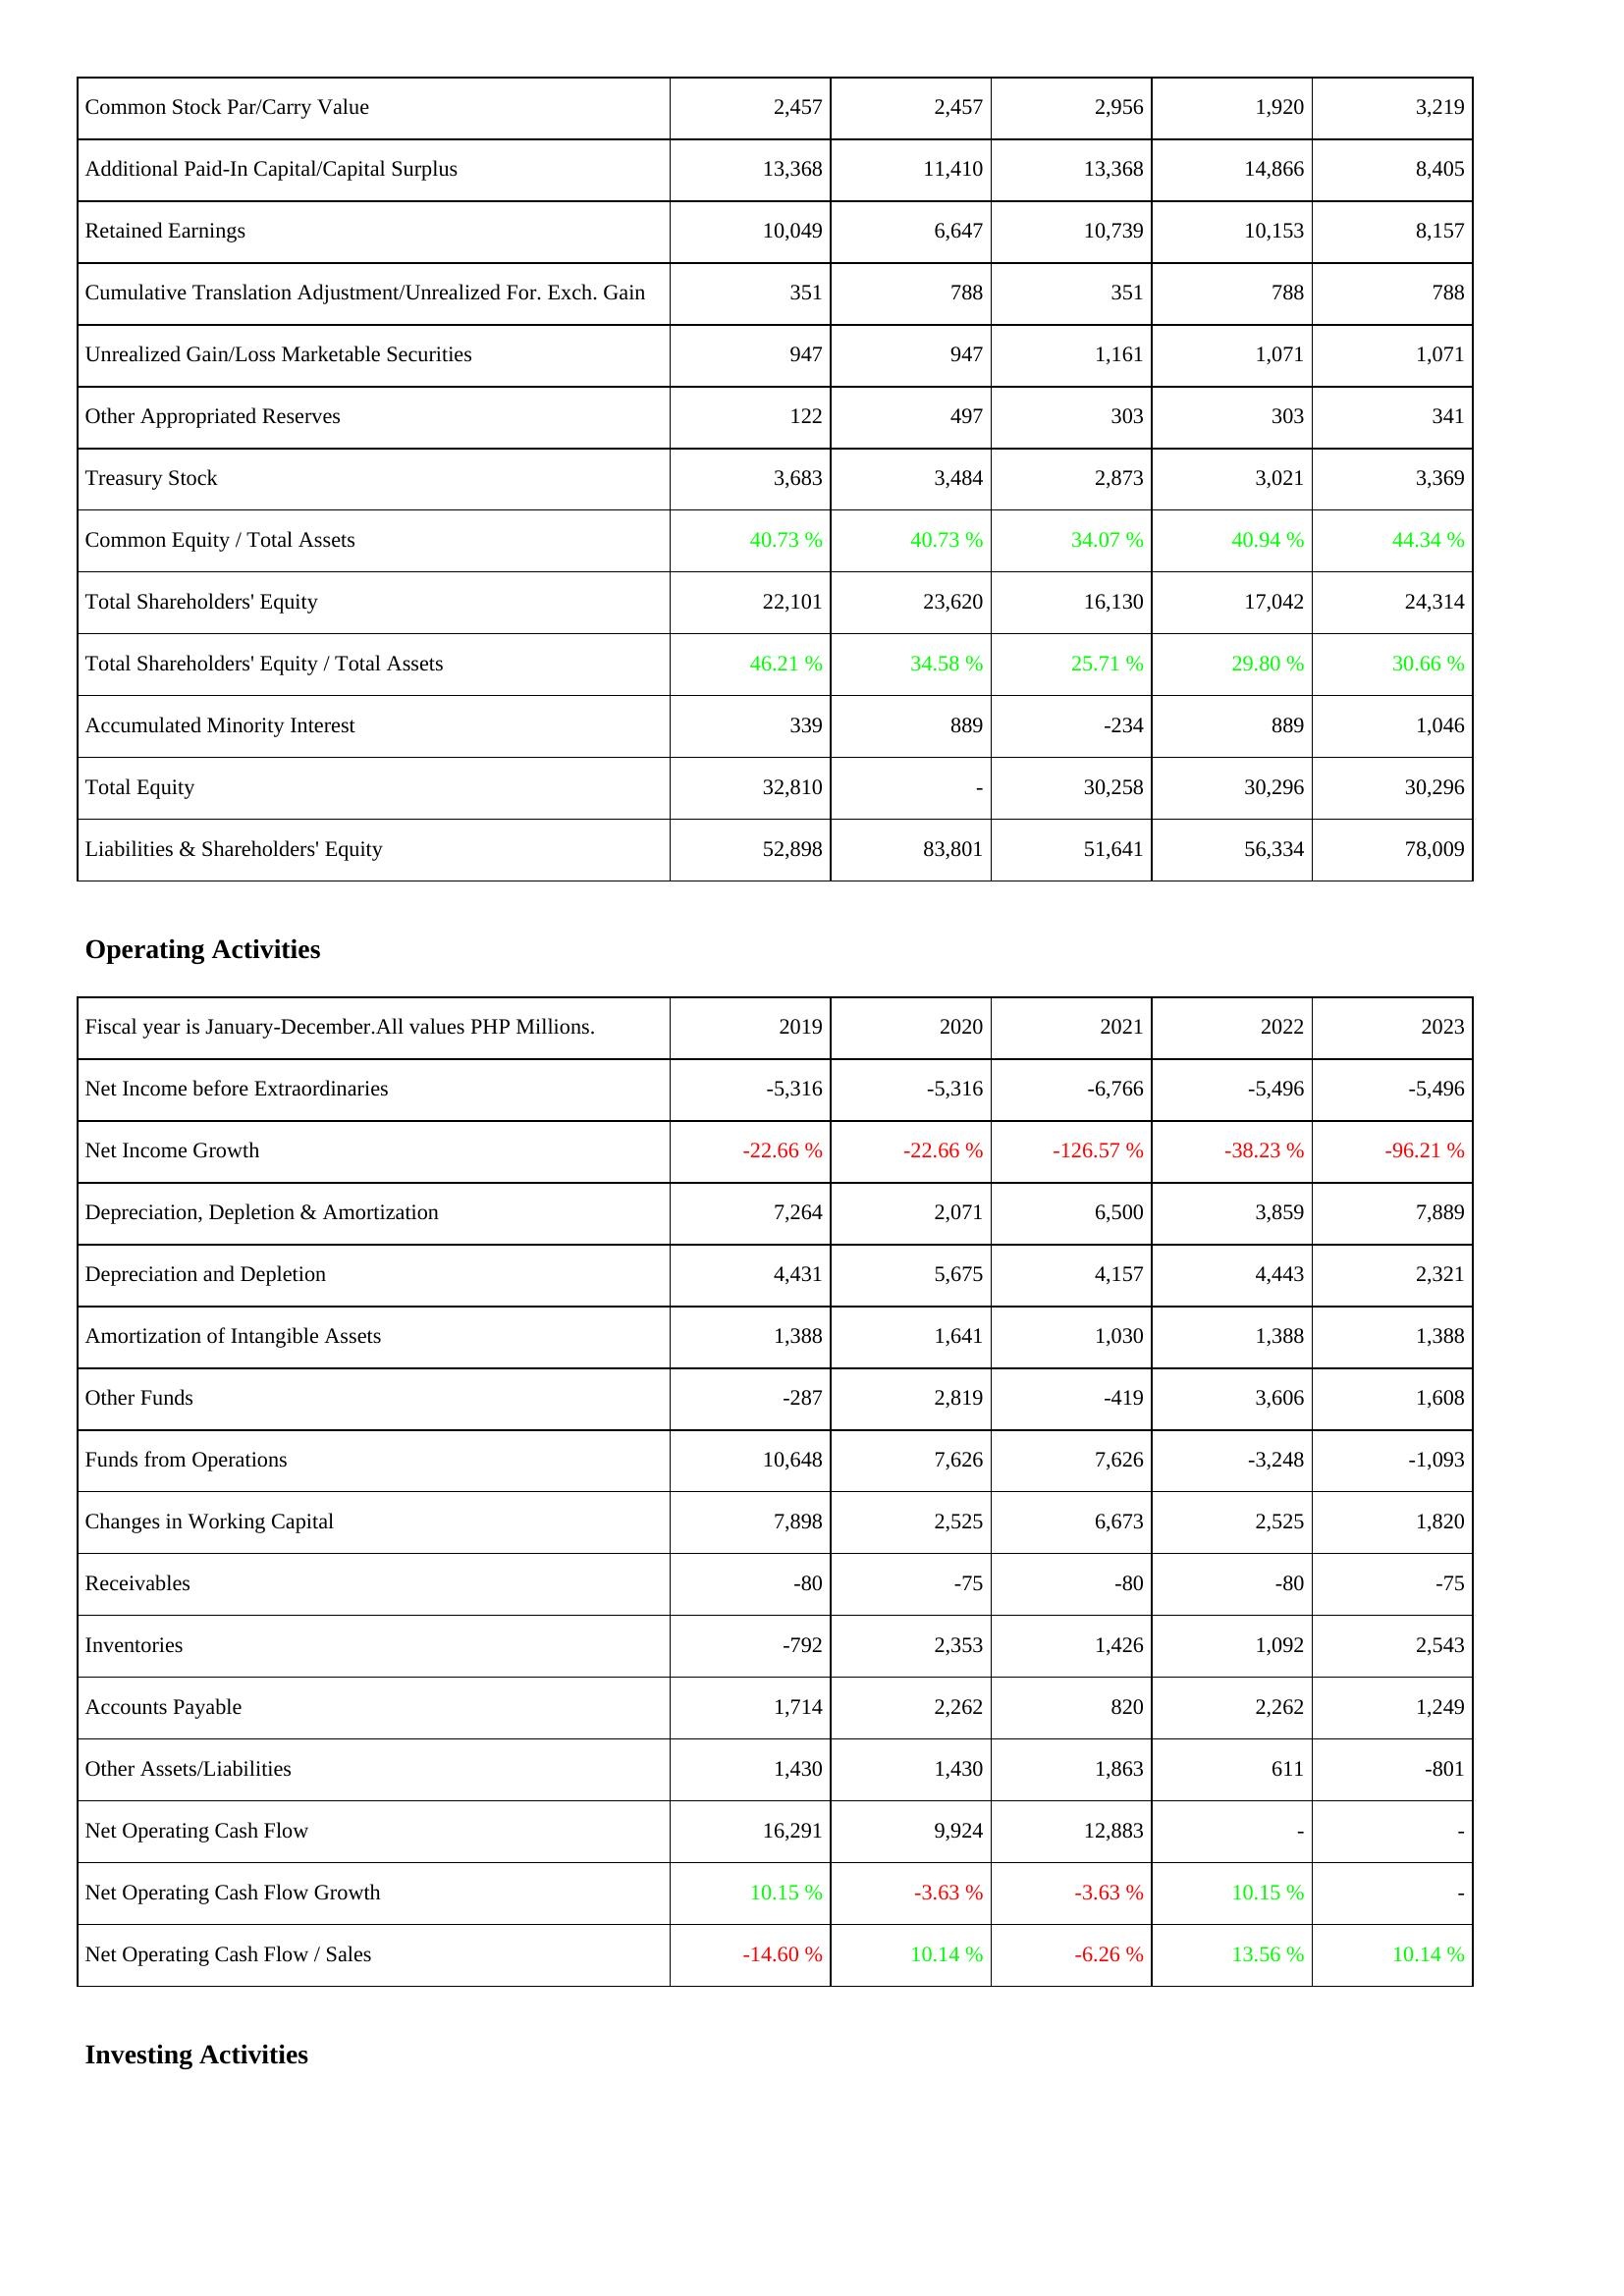
2019: Liabilities & Shareholders' Equity: Common Stock Par/Carry Value: 2,457
Additional Paid-In Capital/Capital Surplus: 13,368
Retained Earnings: 10,049
Cumulative Translation Adjustment/Unrealized For. Exch. Gain: 351
Unrealized Gain/Loss Marketable Securities: 947
Other Appropriated Reserves: 122
Treasury Stock: 3,683
Common Equity / Total Assets: 40.73 %
Total Shareholders' Equity: 22,101
Total Shareholders' Equity / Total Assets: 46.21 %
Accumulated Minority Interest: 339
Total Equity: 32,810
Liabilities & Shareholders' Equity: 52,898
Operating Activities: Net Income before Extraordinaries: -5,316
Net Income Growth: -22.66 %
Depreciation, Depletion & Amortization: 7,264
Depreciation and Depletion: 4,431
Amortization of Intangible Assets: 1,388
Other Funds: -287
Funds from Operations: 10,648
Changes in Working Capital: 7,898
Receivables: -80
Inventories: -792
Accounts Payable: 1,714
Other Assets/Liabilities: 1,430
Net Operating Cash Flow: 16,291
Net Operating Cash Flow Growth: 10.15 %
Net Operating Cash Flow / Sales: -14.60 %
2020: Liabilities & Shareholders' Equity: Common Stock Par/Carry Value: 2,457
Additional Paid-In Capital/Capital Surplus: 11,410
Retained Earnings: 6,647
Cumulative Translation Adjustment/Unrealized For. Exch. Gain: 788
Unrealized Gain/Loss Marketable Securities: 947
Other Appropriated Reserves: 497
Treasury Stock: 3,484
Common Equity / Total Assets: 40.73 %
Total Shareholders' Equity: 23,620
Total Shareholders' Equity / Total Assets: 34.58 %
Accumulated Minority Interest: 889
Total Equity: -
Liabilities & Shareholders' Equity: 83,801
Operating Activities: Net Income before Extraordinaries: -5,316
Net Income Growth: -22.66 %
Depreciation, Depletion & Amortization: 2,071
Depreciation and Depletion: 5,675
Amortization of Intangible Assets: 1,641
Other Funds: 2,819
Funds from Operations: 7,626
Changes in Working Capital: 2,525
Receivables: -75
Inventories: 2,353
Accounts Payable: 2,262
Other Assets/Liabilities: 1,430
Net Operating Cash Flow: 9,924
Net Operating Cash Flow Growth: -3.63 %
Net Operating Cash Flow / Sales: 10.14 %
2021: Liabilities & Shareholders' Equity: Common Stock Par/Carry Value: 2,956
Additional Paid-In Capital/Capital Surplus: 13,368
Retained Earnings: 10,739
Cumulative Translation Adjustment/Unrealized For. Exch. Gain: 351
Unrealized Gain/Loss Marketable Securities: 1,161
Other Appropriated Reserves: 303
Treasury Stock: 2,873
Common Equity / Total Assets: 34.07 %
Total Shareholders' Equity: 16,130
Total Shareholders' Equity / Total Assets: 25.71 %
Accumulated Minority Interest: -234
Total Equity: 30,258
Liabilities & Shareholders' Equity: 51,641
Operating Activities: Net Income before Extraordinaries: -6,766
Net Income Growth: -126.57 %
Depreciation, Depletion & Amortization: 6,500
Depreciation and Depletion: 4,157
Amortization of Intangible Assets: 1,030
Other Funds: -419
Funds from Operations: 7,626
Changes in Working Capital: 6,673
Receivables: -80
Inventories: 1,426
Accounts Payable: 820
Other Assets/Liabilities: 1,863
Net Operating Cash Flow: 12,883
Net Operating Cash Flow Growth: -3.63 %
Net Operating Cash Flow / Sales: -6.26 %
2022: Liabilities & Shareholders' Equity: Common Stock Par/Carry Value: 1,920
Additional Paid-In Capital/Capital Surplus: 14,866
Retained Earnings: 10,153
Cumulative Translation Adjustment/Unrealized For. Exch. Gain: 788
Unrealized Gain/Loss Marketable Securities: 1,071
Other Appropriated Reserves: 303
Treasury Stock: 3,021
Common Equity / Total Assets: 40.94 %
Total Shareholders' Equity: 17,042
Total Shareholders' Equity / Total Assets: 29.80 %
Accumulated Minority Interest: 889
Total Equity: 30,296
Liabilities & Shareholders' Equity: 56,334
Operating Activities: Net Income before Extraordinaries: -5,496
Net Income Growth: -38.23 %
Depreciation, Depletion & Amortization: 3,859
Depreciation and Depletion: 4,443
Amortization of Intangible Assets: 1,388
Other Funds: 3,606
Funds from Operations: -3,248
Changes in Working Capital: 2,525
Receivables: -80
Inventories: 1,092
Accounts Payable: 2,262
Other Assets/Liabilities: 611
Net Operating Cash Flow: -
Net Operating Cash Flow Growth: 10.15 %
Net Operating Cash Flow / Sales: 13.56 %
2023: Liabilities & Shareholders' Equity: Common Stock Par/Carry Value: 3,219
Additional Paid-In Capital/Capital Surplus: 8,405
Retained Earnings: 8,157
Cumulative Translation Adjustment/Unrealized For. Exch. Gain: 788
Unrealized Gain/Loss Marketable Securities: 1,071
Other Appropriated Reserves: 341
Treasury Stock: 3,369
Common Equity / Total Assets: 44.34 %
Total Shareholders' Equity: 24,314
Total Shareholders' Equity / Total Assets: 30.66 %
Accumulated Minority Interest: 1,046
Total Equity: 30,296
Liabilities & Shareholders' Equity: 78,009
Operating Activities: Net Income before Extraordinaries: -5,496
Net Income Growth: -96.21 %
Depreciation, Depletion & Amortization: 7,889
Depreciation and Depletion: 2,321
Amortization of Intangible Assets: 1,388
Other Funds: 1,608
Funds from Operations: -1,093
Changes in Working Capital: 1,820
Receivables: -75
Inventories: 2,543
Accounts Payable: 1,249
Other Assets/Liabilities: -801
Net Operating Cash Flow: -
Net Operating Cash Flow Growth: -
Net Operating Cash Flow / Sales: 10.14 %